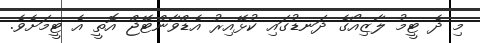
މި ދެ ޓީމު ލާޒިއޯގެ ދަނޑުގައި ކުޅޭއިރު އެޑްވާންޓޭޖް އޮތީ އެ ޓީމަށެވެ.